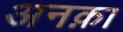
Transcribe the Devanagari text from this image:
अनक़ा